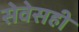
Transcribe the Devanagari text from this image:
सेवेसही